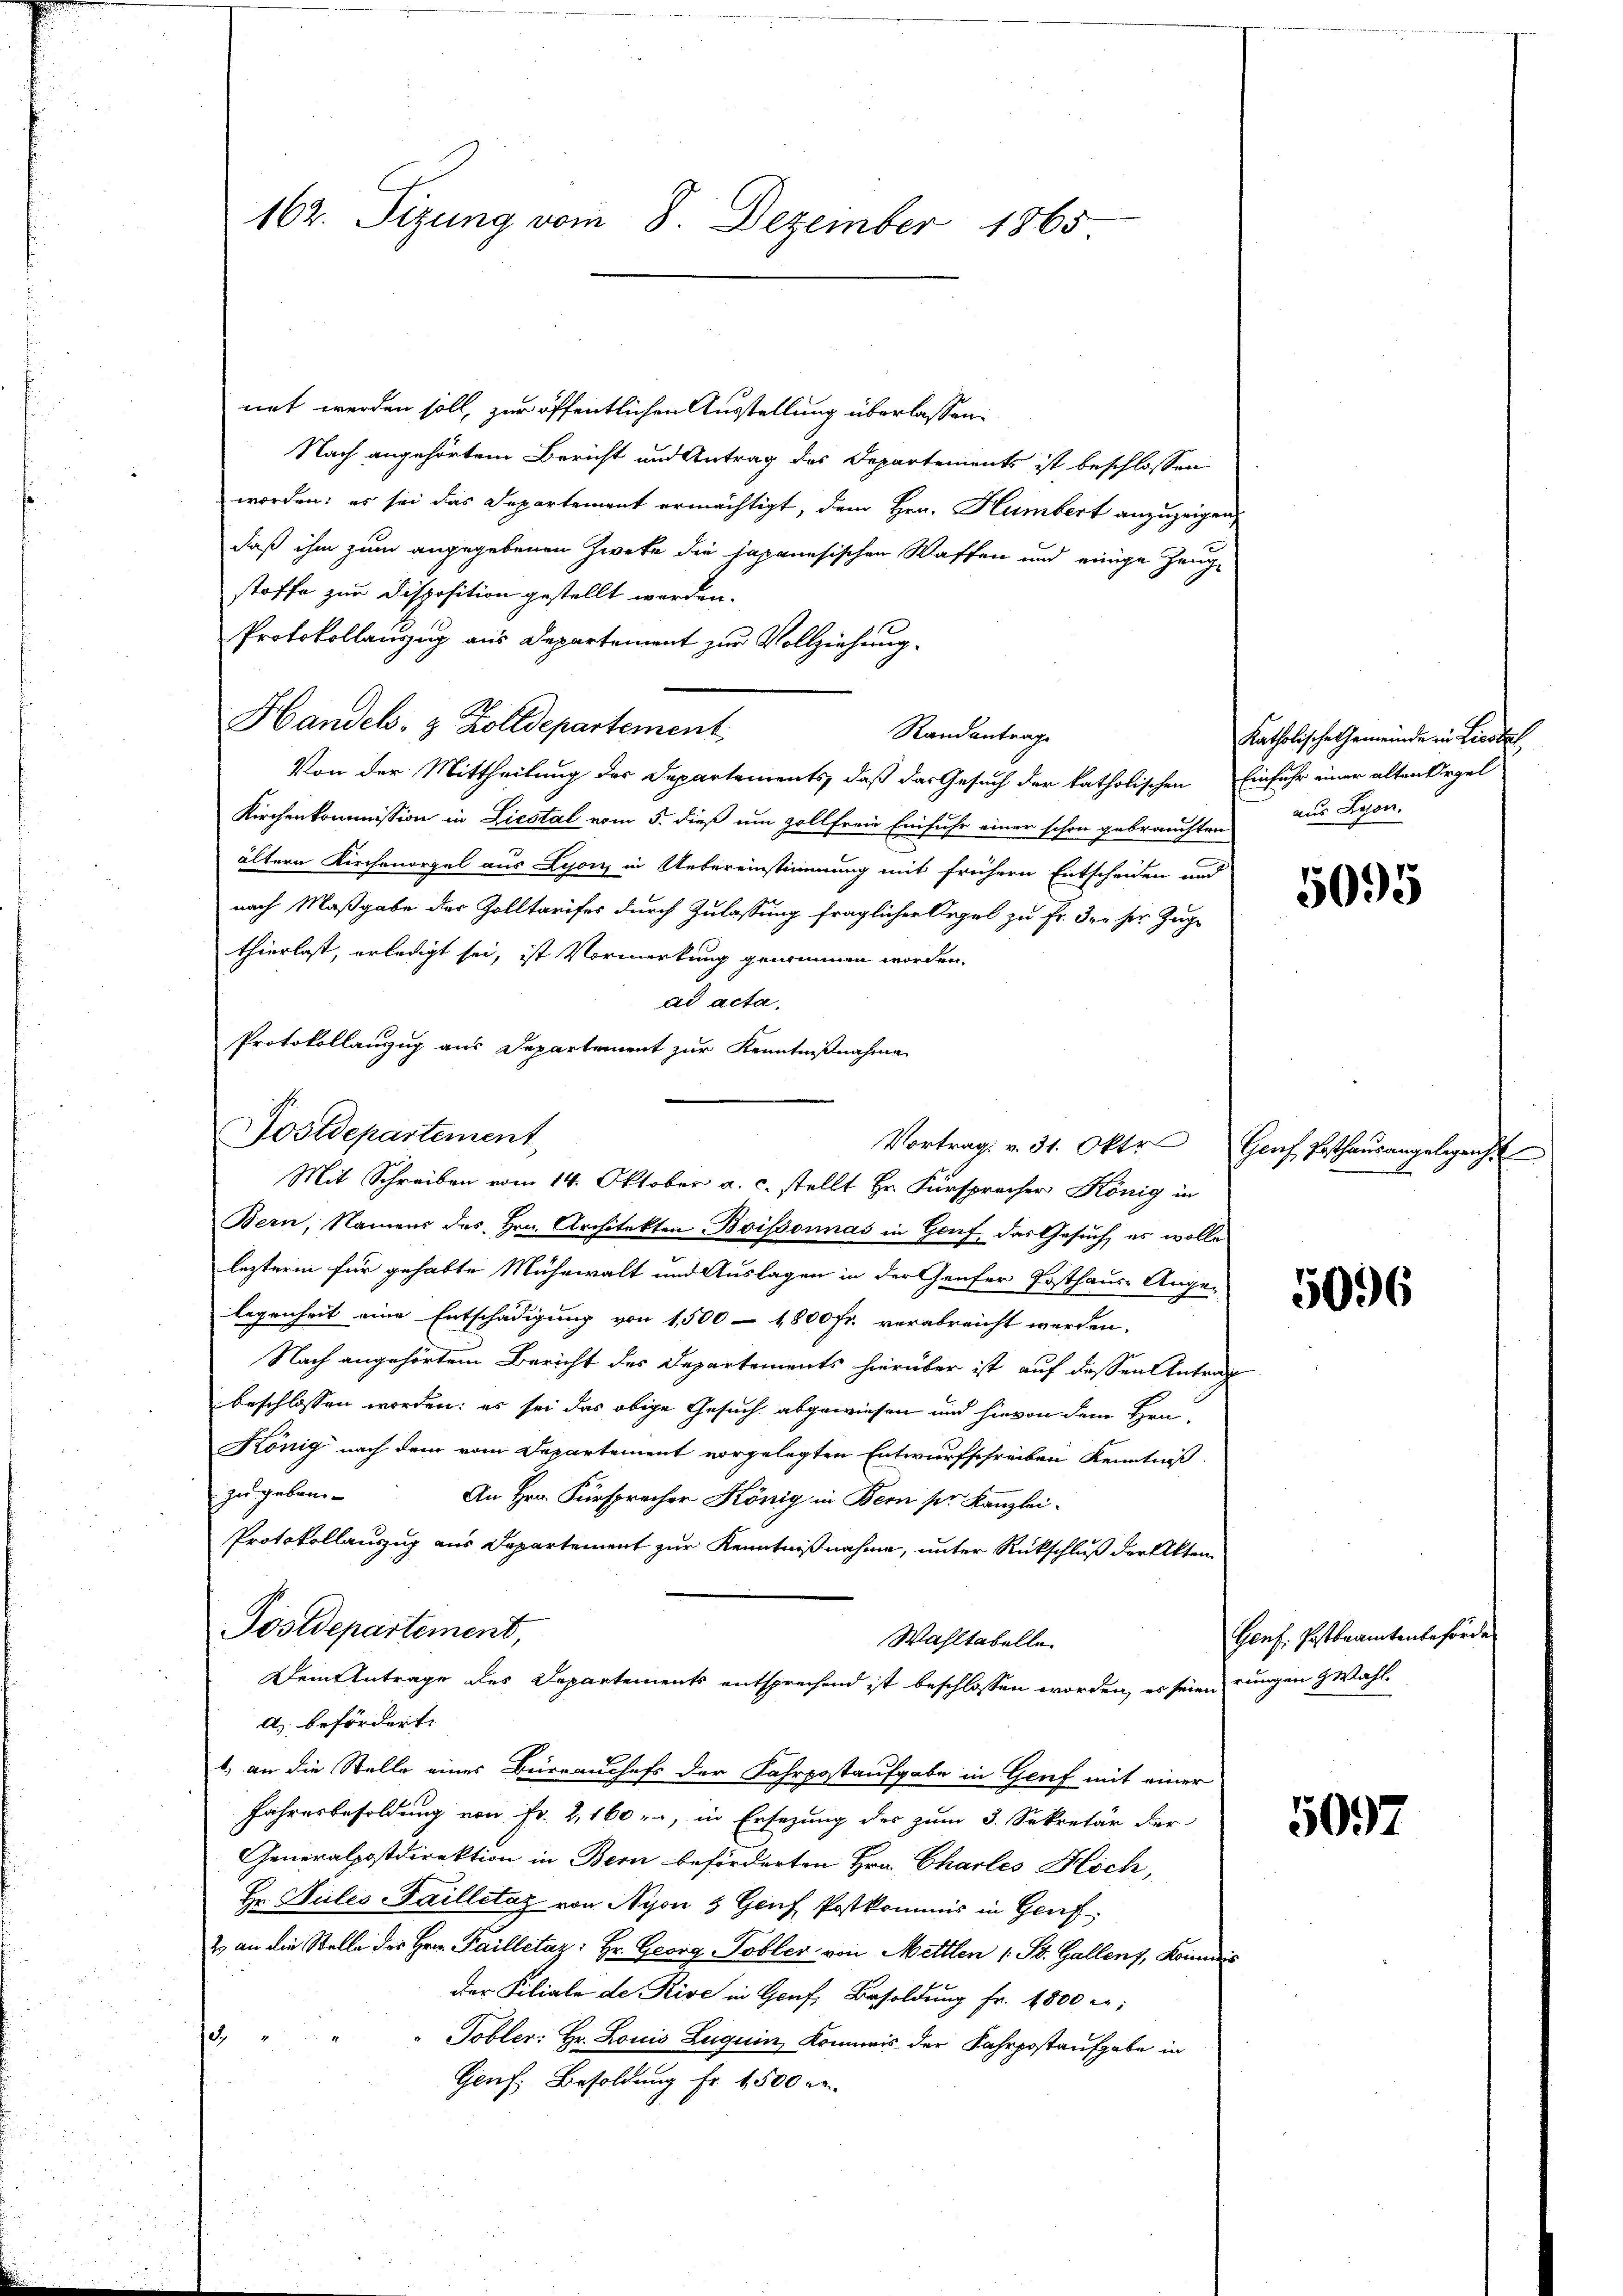
162. Sizung vom 8. Dezember 1865

net werden soll, zur öffentlichen Ausstellung überlassen.
Nach angehörtem Bericht und Antrag des Departements ist beschlossen
worden: es sei das Departement ermächtigt, dem Hrn. Humbert anzuzeigen,
daß ihm zum angegebenen Zwete die Japanesischen Waffen und einige Zeugstoffe zur Disposition gestellt werden.
Protokollauzug aus Departement zur Vollziehung.
Handels- & Zolldepartement
Randantrage
Von der Mittheilung des Departements, daß das Gesuch der katholischen Einfuhr einer alten Orgel
Kirchenkommission in Liestal vom 5. dieß um zollfreie Einfuhr einer schon gebrauchten
ältern Kirchenorgel aus Lison, in Uebereinstimmung mit frühern Entscheiden und
nach Maßgabe der Zolltarifes durch Zulassung fraglicher Orgel zu Fr. der her Zuge
thierlast, erledigt sei, ist Vormerkung genommen worden,
ad acta.
Protokollanzug aus Departement zur Kenntnißnahme
Postdepartement

Mit Schreiben vom 14. Oktober a. c. stellt Hr. Fürspracher König in

Postdepartement,

Bern, Namens des Hrn. Architekten Boissonnas in Genf, das Gesuch, es wolle
lezterm für gehabte Mühewalt und Auslagen in der Genfer Posthaus-Ange-
legenheit eine Entschädigung von 1,500 - 1800 Fr. verabreicht werden.
Nach angehörtem Bericht des Departements hierüber ist auf dessen Antrag
beschlossen worden; es sei das obige Gesuch abgewiesen und hievon dem Hrn.
König nach dem vom Departement vorgelegten Entwurfschreiben Kenntniß
zu geben
An Hrn. Fürspracher König in Bern ser Kanzlei-
Protokollauszug aus Departement zur Kenntnißnahme, unter Rückschluß der Akten
Wahltabelle.
Dem Antrage des Departements entsprechend ist beschlossen worden, es seien ungen Wahld) befördert.
1, an die Stelle eines Büreauchefs der Fahrpostaufgabe in Genf mit einer
Jahresbesoldung von Fr. 2, 160, in Ersezung des zum 3. Sekretär der
Generalpostdirektion in Bern beförderten Hrn. Charles Höch,
Hr. Hules Sailletag von Nyon & Genf Postkommis in Genf
2 an die Stelle des Hrn. Pailletaz: Hr. Georg Tobler von Mettlen (: St. Gallenz, Kondis
der Filiale de Rise in Genf, Besoldung fr. 1500 c.
2
Tobler: Hr. Louis Luguin, Kommis der Fahrpostaufgabe in
Genf, Besoldung Fr. 1500 re

Katholische Gemeinde in Liestel
aus Lyon.

5095

Vortrag v. 31. Okt. Genf Posthaŭs angelegenh

5096

Genf. Postbeamtenbehörde

5097